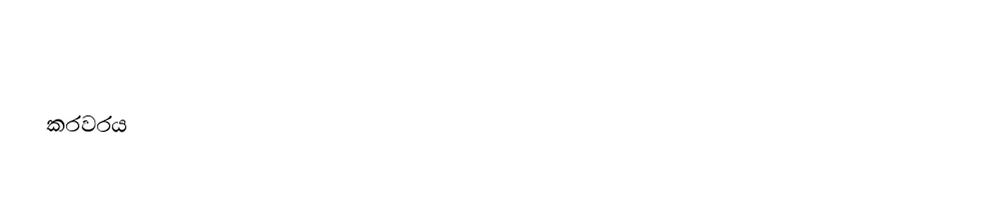

කරවරය